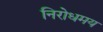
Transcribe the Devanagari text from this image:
निरोधमय